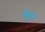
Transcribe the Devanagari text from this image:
मेहुने